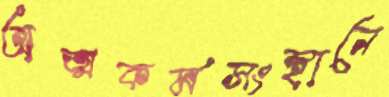
অত্মকর্মসংস্থানে